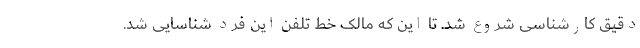
دقیق کارشناسی شروع شد. تا این که مالک خط تلفن این فرد شناسایی شد.